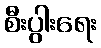
စီးပွါးရေး